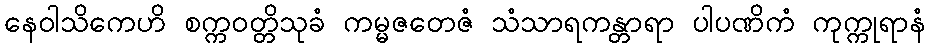
နေဝါသိကေဟိ စက္ကဝတ္တိသုခံ ကမ္မဇတေဇံ သံသာရကန္တာရာ ပါပဏိကံ ကုက္ကုရာနံ